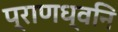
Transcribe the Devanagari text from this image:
प्राणध्वनि